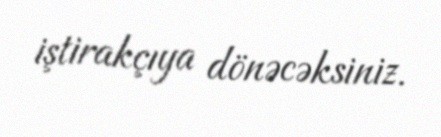
iştirakçıya dönəcəksiniz.